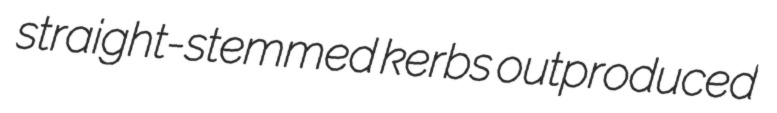
straight-stemmed kerbs outproduced